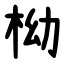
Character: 柪